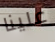
علينا